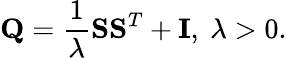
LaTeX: \mathbf{Q}=\frac{1}{\lambda}\mathbf{S}\mathbf{S}^{T}+\mathbf{I},~\lambda>0.